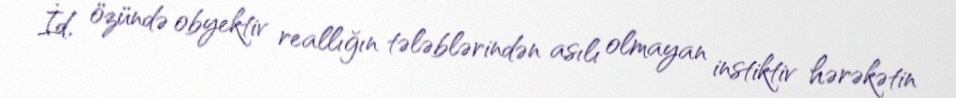
İd, özündə obyektiv reallığın tələblərindən asılı olmayan instiktiv hərəkətin